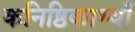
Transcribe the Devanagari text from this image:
कनिष्ठिकाभ्याँ